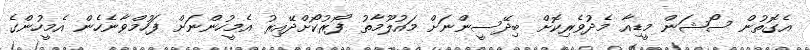
އެގޮތުން ސޯޝަން މީޑިއާ މެދުވެރިކޮށް ބިދޭސީންނަށް މައުލޫމާތު ފޯރުކޯށްދޭއިރު އެމީހުންނަށް ފަހުމްވާނެހެން އެމީހުންގެ